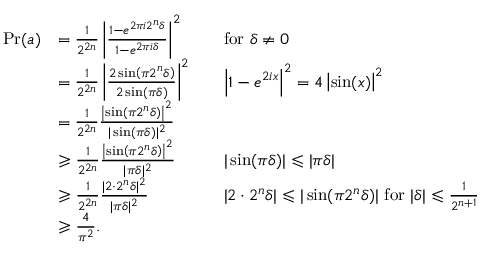
{ \begin{array} { r l r l } { \operatorname* { P r } ( a ) } & { = { \frac { 1 } { 2 ^ { 2 n } } } \left| { \frac { 1 - { e ^ { 2 \pi i 2 ^ { n } \delta } } } { 1 - { e ^ { 2 \pi i \delta } } } } \right| ^ { 2 } } & & { { \mathrm { f o r ~ } } \delta \neq 0 } \\ & { = { \frac { 1 } { 2 ^ { 2 n } } } \left| { \frac { 2 \sin \left( \pi 2 ^ { n } \delta \right) } { 2 \sin ( \pi \delta ) } } \right| ^ { 2 } } & & { \left| 1 - e ^ { 2 i x } \right| ^ { 2 } = 4 \left| \sin ( x ) \right| ^ { 2 } } \\ & { = { \frac { 1 } { 2 ^ { 2 n } } } { \frac { \left| \sin \left( \pi 2 ^ { n } \delta \right) \right| ^ { 2 } } { | \sin ( \pi \delta ) | ^ { 2 } } } } \\ & { \geqslant { \frac { 1 } { 2 ^ { 2 n } } } { \frac { \left| \sin \left( \pi 2 ^ { n } \delta \right) \right| ^ { 2 } } { | \pi \delta | ^ { 2 } } } } & & { | \sin ( \pi \delta ) | \leqslant | \pi \delta | } \\ & { \geqslant { \frac { 1 } { 2 ^ { 2 n } } } { \frac { | 2 \cdot 2 ^ { n } \delta | ^ { 2 } } { | \pi \delta | ^ { 2 } } } } & & { | 2 \cdot 2 ^ { n } \delta | \leqslant | \sin ( \pi 2 ^ { n } \delta ) | { \mathrm { ~ f o r ~ } } | \delta | \leqslant { \frac { 1 } { 2 ^ { n + 1 } } } } \\ & { \geqslant { \frac { 4 } { \pi ^ { 2 } } } . } \end{array} }